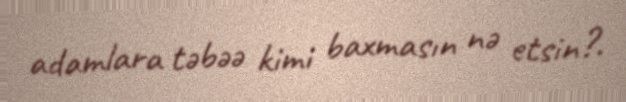
adamlara təbəə kimi baxmasın nə etsin?.